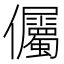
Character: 𭀔